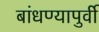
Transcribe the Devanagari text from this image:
बांधण्यापुर्वी